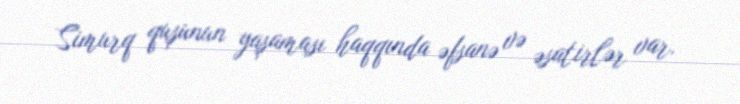
Simurq quşunun yaşaması haqqında əfsanə və əsatirlər var.